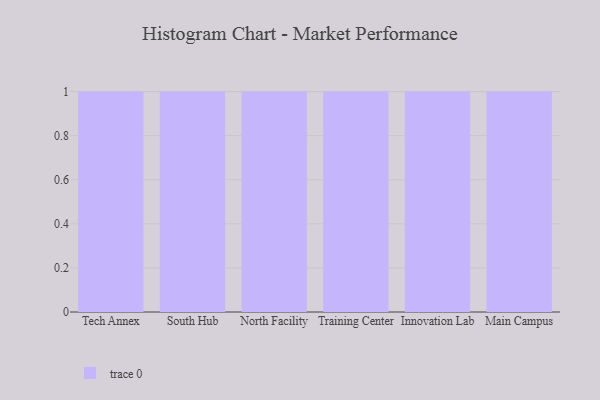
{"axis": {"x": "Campus", "y": "Shipments"}, "legend": [""], "data": [{"x": "Tech Annex", "y": 47, "type": ""}, {"x": "South Hub", "y": 57, "type": ""}, {"x": "North Facility", "y": 15, "type": ""}, {"x": "Training Center", "y": 56, "type": ""}, {"x": "Innovation Lab", "y": 57, "type": ""}, {"x": "Main Campus", "y": 41, "type": ""}]}